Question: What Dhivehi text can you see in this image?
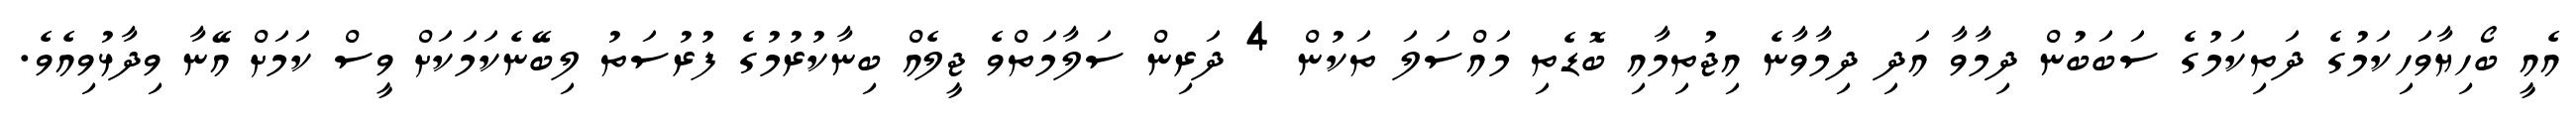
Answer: އެއީ ބޯހިޔާވަހިކަމުގެ ދަތިކަމުގެ ސަބަބުން ދިމާވާ އަދި ދިމާވާނެ އިޖުތިމާއި ބޮޑެތި މައްސަލަ ތަކުން 4 ދަރިން ސަލާމަތްވެ ޖީލެއް ބިނާކުރުމުގެ ފުރުސަތު ލިބޭނެކަމަކަށް ވީސް ކަމަށް އޭނާ ވިދާޅުވިއެވެ.